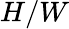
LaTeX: H/W